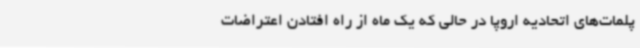
پلمات‌های اتحادیه اروپا در حالی که یک ماه از راه افتادن اعتراضات